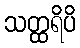
သတ္ထရိပိ